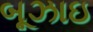
બૂઝાઇ